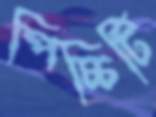
পিচ্চিটি